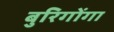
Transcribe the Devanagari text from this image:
बुरिगोंगा